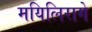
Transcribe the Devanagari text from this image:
मयिलिरागे